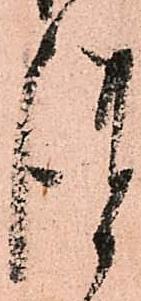
謹